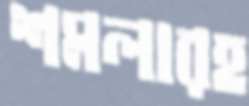
শমলারহ